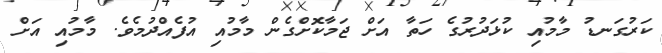
ކަރުގަނޑު މާމުއި ކުޅަދުރުގެ ހަތާ އަށް ޖަމާކޮށްގެން މާމުއި އުފެއްދުމެވެ. މާމުއި އަށް